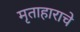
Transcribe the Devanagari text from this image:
मृताहाराचे